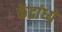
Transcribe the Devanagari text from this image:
केंद्रांध्ये